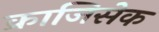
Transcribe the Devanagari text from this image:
क्राजिसेक